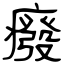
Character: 癈